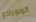
كولورادو